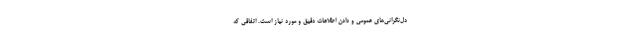
دل‌نگراني‌هاي عمومي و دادن اطلاعات دقيق و مورد نياز است. اتفاقي كه